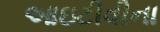
આઇટીવીના